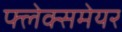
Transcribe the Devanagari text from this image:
फ्लेक्समेयर